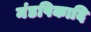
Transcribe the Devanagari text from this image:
मंडपिकादि